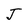
Character: J